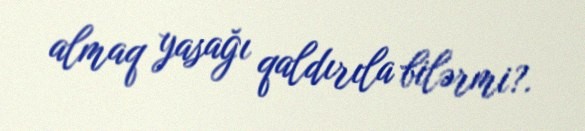
almaq yasağı qaldırıla bilərmi?.